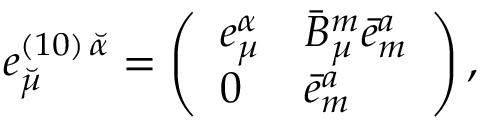
e _ { \breve { \mu } } ^ { ( 1 0 ) \, \breve { \alpha } } = \left( \begin{array} { l l } { { e _ { \mu } ^ { \alpha } } } & { { \bar { B } _ { \mu } ^ { m } \bar { e } _ { m } ^ { a } } } \\ { { 0 } } & { { \bar { e } _ { m } ^ { a } } } \end{array} \right) ,